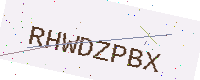
Text: RHWDZPBX